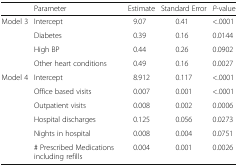
<table><thead><tr><td></td><td><b>Parameter</b></td><td><b>Estimate</b></td><td><b>Standard Error</b></td><td><b><i>P</i>-value</b></td></tr></thead><tbody><tr><td rowspan="4">Model 3</td><td>Intercept</td><td>9.07</td><td>0.41</td><td>&lt;.0001</td></tr><tr><td>Diabetes</td><td>0.39</td><td>0.16</td><td>0.0144</td></tr><tr><td>High BP</td><td>0.44</td><td>0.26</td><td>0.0902</td></tr><tr><td>Other heart conditions</td><td>0.49</td><td>0.16</td><td>0.0027</td></tr><tr><td rowspan="6">Model 4</td><td>Intercept</td><td>8.912</td><td>0.117</td><td>&lt;.0001</td></tr><tr><td>Office based visits</td><td>0.007</td><td>0.001</td><td>&lt;.0001</td></tr><tr><td>Outpatient visits</td><td>0.008</td><td>0.002</td><td>0.0006</td></tr><tr><td>Hospital discharges</td><td>0.125</td><td>0.056</td><td>0.0273</td></tr><tr><td>Nights in hospital</td><td>0.008</td><td>0.004</td><td>0.0751</td></tr><tr><td># Prescribed Medications including refills</td><td>0.004</td><td>0.001</td><td>0.0026</td></tr></tbody></table>